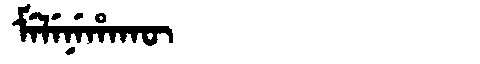
Manchu: ᠮᡝᠯᡝᠨᡝᡥᠠᡴᡡ
Romanization: MELENEHAKŪ